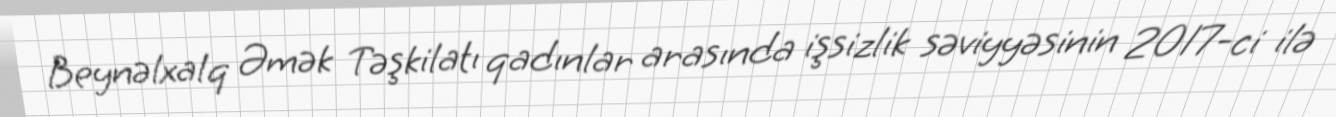
Beynəlxalq Əmək Təşkilatı qadınlar arasında işsizlik səviyyəsinin 2017-ci ilə